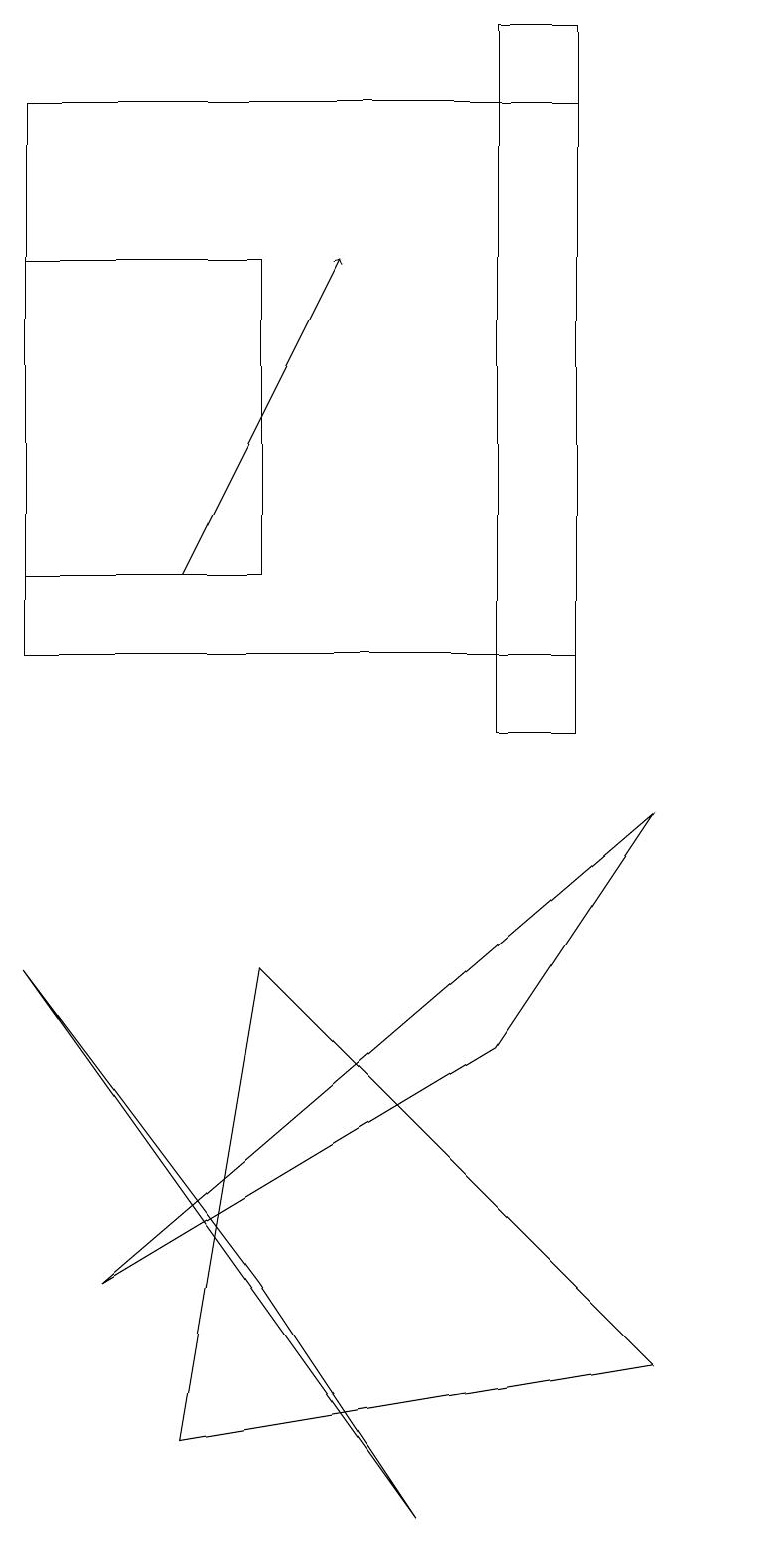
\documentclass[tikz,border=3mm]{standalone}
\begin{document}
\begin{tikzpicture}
\draw (1,18) rectangle (8,11);
\draw[->] (3,12) -- (5,16);
\draw (6,0) -- (1,7) -- (4,3) -- cycle;
\draw (10,10) circle (0);
\draw (8,19) rectangle (7,10);
\draw (1,12) rectangle (4,16);
\draw (3,1) -- (9,2) -- (4,7) -- cycle;
\draw (7,6) -- (9,9) -- (2,3) -- cycle;
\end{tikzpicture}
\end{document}